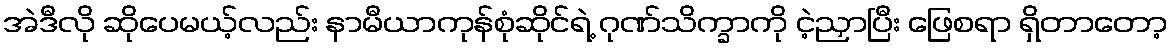
အဲဒီလို ဆိုပေမယ့်လည်း နာမီယာကုန်စုံဆိုင်ရဲ့ ဂုဏ်သိက္ခာကို ငဲ့ညှာပြီး ဖြေစရာ ရှိတာတော့